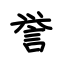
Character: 誉